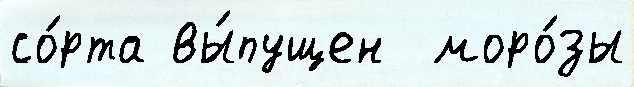
со́рта вы́пущен  моро́зы